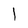
Character: l